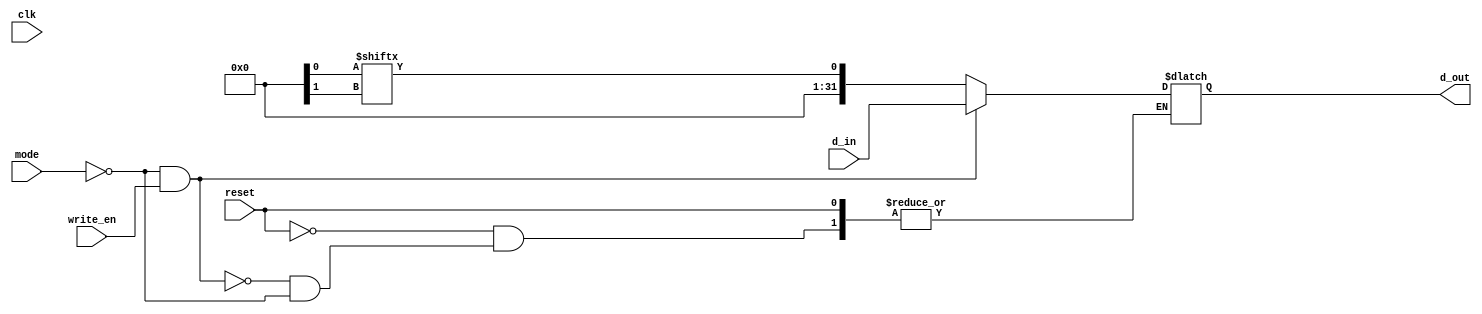
module veda_memory (clk,reset,d_in,write_en,mode,d_out);
    input clk,reset;
    input mode;
    input [31:0] d_in;
    input write_en;
    output reg [31:0] d_out;

    integer i;
    always @(global.PC) begin
         if(reset) begin
            for (i = 0; i < 32; i = i + 1) begin 
                global.Imem[i] <= 0;
            end
        end

        else if (mode == 0 && write_en) begin
            global.Imem[global.PC]<= d_in;
            d_out<=d_in;  
        end 
        else if (mode == 1) begin
            d_out <= global.Imem[global.PC];
        end
    end

    initial begin
    global.Imem[0] = {6'd15,5'd1,5'd2,16'd14};    
    global.Imem[1] = {6'd5,5'd2,5'd3,16'd1 };
    global.Imem[2] = {6'd15,5'd1,5'd3,16'd12};   
    global.Imem[3] = {6'd1,5'd0,5'd2,5'd4,11'd0};
    global.Imem[4] = {6'd13,5'd4,5'd6,16'd0 };
    global.Imem[5] = {6'd1,5'd0,5'd3,5'd5,11'd0};
    global.Imem[6] = {6'd13,5'd5,5'd7,16'd0 };
    global.Imem[7] = {6'd19,5'd6,5'd7,16'd10 };
    global.Imem[8] = {6'd14,5'd4,5'd7,16'd0 };
    global.Imem[9] = {6'd14,5'd5,5'd6,16'd0 };
    global.Imem[10] = {6'd5,5'd3,5'd3,16'd1 };
    global.Imem[11] = {6'd21,26'd2 };
    global.Imem[12] = {6'd5,5'd2,5'd2,16'd1 };
    global.Imem[13] = {6'd21,26'd0}; 
    
    end

endmodule